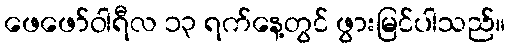
ဖေဖော်ဝါရီလ ၁၃ ရက်နေ့တွင် ဖွားမြင်ပါသည်။